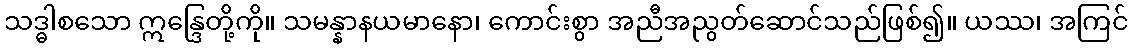
သဒ္ဓါစသော ဣန္ဒြေတို့ကို။ သမန္နာနယမာနော၊ ကောင်းစွာ အညီအညွတ်ဆောင်သည်ဖြစ်၍။ ယဿ၊ အကြင်